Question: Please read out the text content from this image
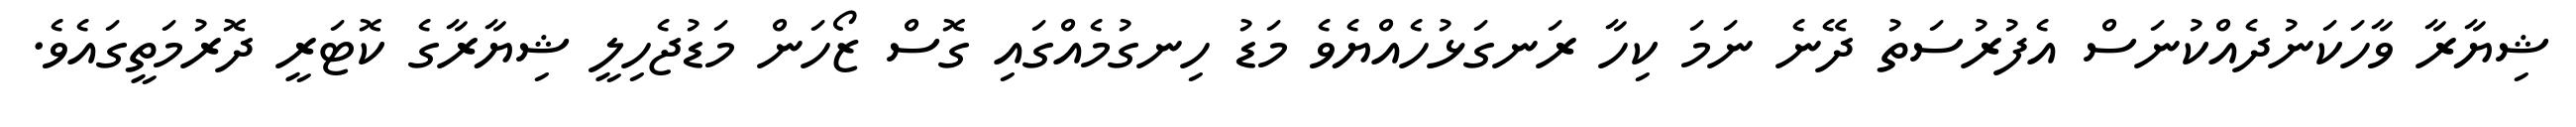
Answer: ޝިޔާރާ ވާހަކަނުދެއްކުނަސް އެފުރުސަތު ދޭނެ ނަމަ ކިހާ ރަނގަޅުހެއްޔެވެ މަޑު ހިނގުމެއްގައި ގޮސް ޒޯހަން މަޑުޖެހިލީ ޝިޔާރާގެ ކޮޓަރީ ދޮރުމަތީގައެވެ.